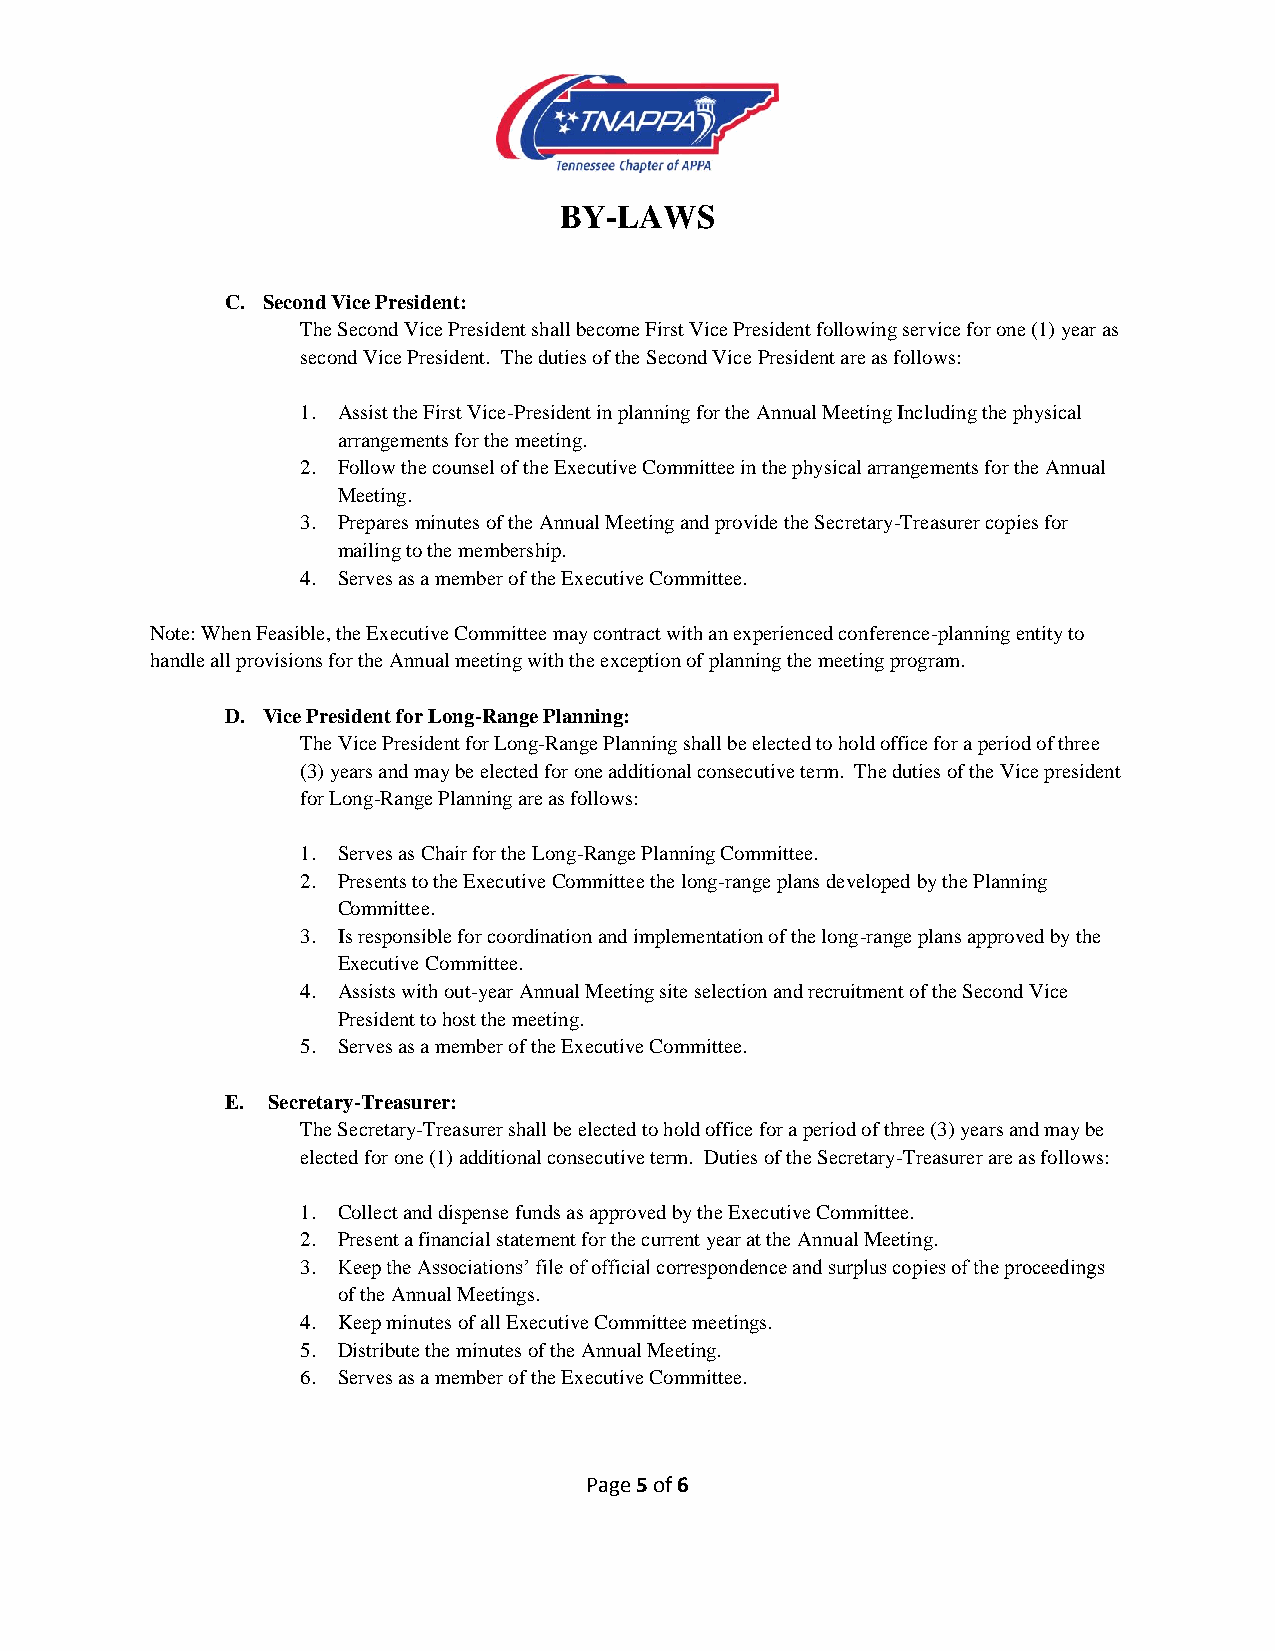
BY-LAWS
 C. Second Vice President:
 The Second Vice President shall become First Vice President following service for one (1) year as
 second Vice President. The duties of the Second Vice President are as follows:
 1. Assist the First Vice-President in planning for the Annual Meeting Including the physical
 arrangements for the meeting.
 2. Follow the counsel of the Executive Committee in the physical arrangements for the Annual
 Meeting.
 3. Prepares minutes of the Annual Meeting and provide the Secretary-Treasurer copies for
 mailing to the membership.
 4. Serves as a member of the Executive Committee.
 Note: When Feasible, the Executive Committee may contract with an experienced conference-planning entity to
 handle all provisions for the Annual meeting with the exception of planning the meeting program.
 D. Vice President for Long-Range Planning:
 The Vice President for Long-Range Planning shall be elected to hold office for a period of three
 (3) years and may be elected for one additional consecutive term. The duties of the Vice president
 for Long-Range Planning are as follows:
 1. Serves as Chair for the Long-Range Planning Committee.
 2. Presents to the Executive Committee the long-range plans developed by the Planning
 Committee.
 3. Is responsible for coordination and implementation of the long-range plans approved by the
 Executive Committee.
 4. Assists with out-year Annual Meeting site selection and recruitment of the Second Vice
 President to host the meeting.
 5. Serves as a member of the Executive Committee.
 E. Secretary-Treasurer:
 The Secretary-Treasurer shall be elected to hold office for a period of three (3) years and may be
 elected for one (1) additional consecutive term. Duties of the Secretary-Treasurer are as follows:
 1. Collect and dispense funds as approved by the Executive Committee.
 2. Present a financial statement for the current year at the Annual Meeting.
 3. Keep the Associations’ file of official correspondence and surplus copies of the proceedings
 of the Annual Meetings.
 4. Keep minutes of all Executive Committee meetings.
 5. Distribute the minutes of the Annual Meeting.
 6. Serves as a member of the Executive Committee.
 Page 5 of 6